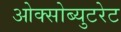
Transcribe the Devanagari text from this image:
ओक्सोब्युटरेट